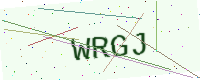
Text: WRGJ